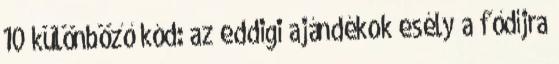
10 különböző kód: az eddigi ajándékok esély a fődíjra